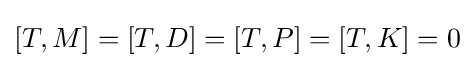
[T,M]=[T,D]=[T,P]=[T,K]=0